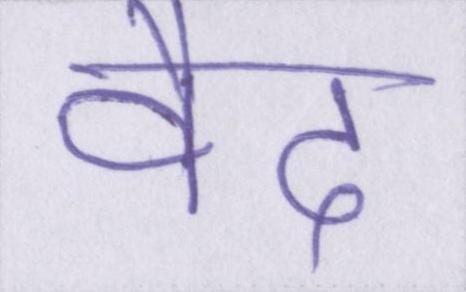
वैद